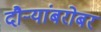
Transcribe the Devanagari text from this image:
दौऱ्यांबरोबर